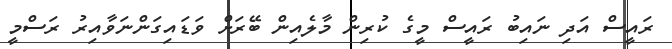
ރައީސް އަދި ނައިބު ރައީސް މީގެ ކުރިން މާލެއިން ބޭރަށް ވަޑައިގަންނަވާއިރު ރަސްމީ